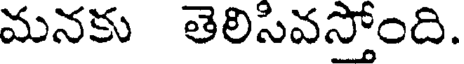
మనకు తెలిసివస్తోంది.